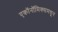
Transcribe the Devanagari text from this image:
एकॉनॉमिक्समधून